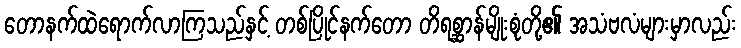
တောနက်ထဲရောက်လာကြသည်နှင့် တစ်ပြိုင်နက်တော တိရစ္ဆာန်မျိုးစုံတို့၏ အသံဗလံများမှာလည်း